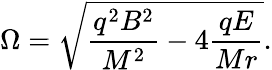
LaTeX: \Omega=\sqrt{\frac{q^{2}B^{2}}{M^{2}}-4\frac{qE}{Mr}}.